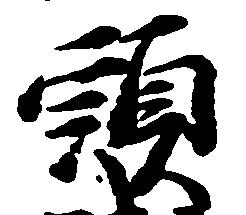
頭